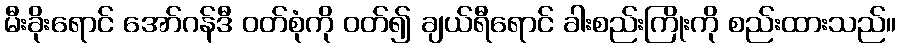
မီးခိုးရောင် အော်ဂန်ဒီ ဝတ်စုံကို ဝတ်၍ ချယ်ရီရောင် ခါးစည်းကြိုးကို စည်းထားသည်။